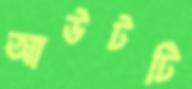
আউটটি